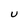
Character: u